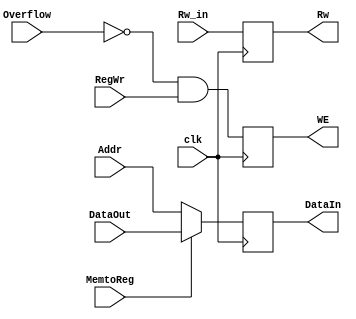
`timescale 1ns / 1ps
//////////////////////////////////////////////////////////////////////////////////
// Company: 
// Engineer: 
// 
// Design Name: 
// Module Name: Mem_register
// Project Name: 
// Target Devices: 
// Tool Versions: 
// Description: 
// 
// Dependencies: 
// 
// Revision:
// Revision 0.01 - File Created
// Additional Comments:
// 
//////////////////////////////////////////////////////////////////////////////////


module Mem_register(
    input Overflow,
    input [31:0]DataOut,
    input [31:0]Addr,
    input [4:0]Rw_in,
    input RegWr,
    input MemtoReg,
    input clk,
    output reg [31:0]DataIn,
    output reg WE,
    output reg [4:0]Rw
       );
    always@(negedge clk)
    begin
     WE<=(~Overflow)&RegWr;
    Rw<=Rw_in;
    if(MemtoReg)
    DataIn<=DataOut;
    else 
    DataIn<=Addr;
    end 
endmodule